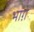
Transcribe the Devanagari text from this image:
भाग़